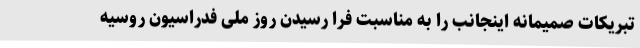
تبریکات صمیمانه اینجانب را به مناسبت فرا رسیدن روز ملی فدراسیون روسیه